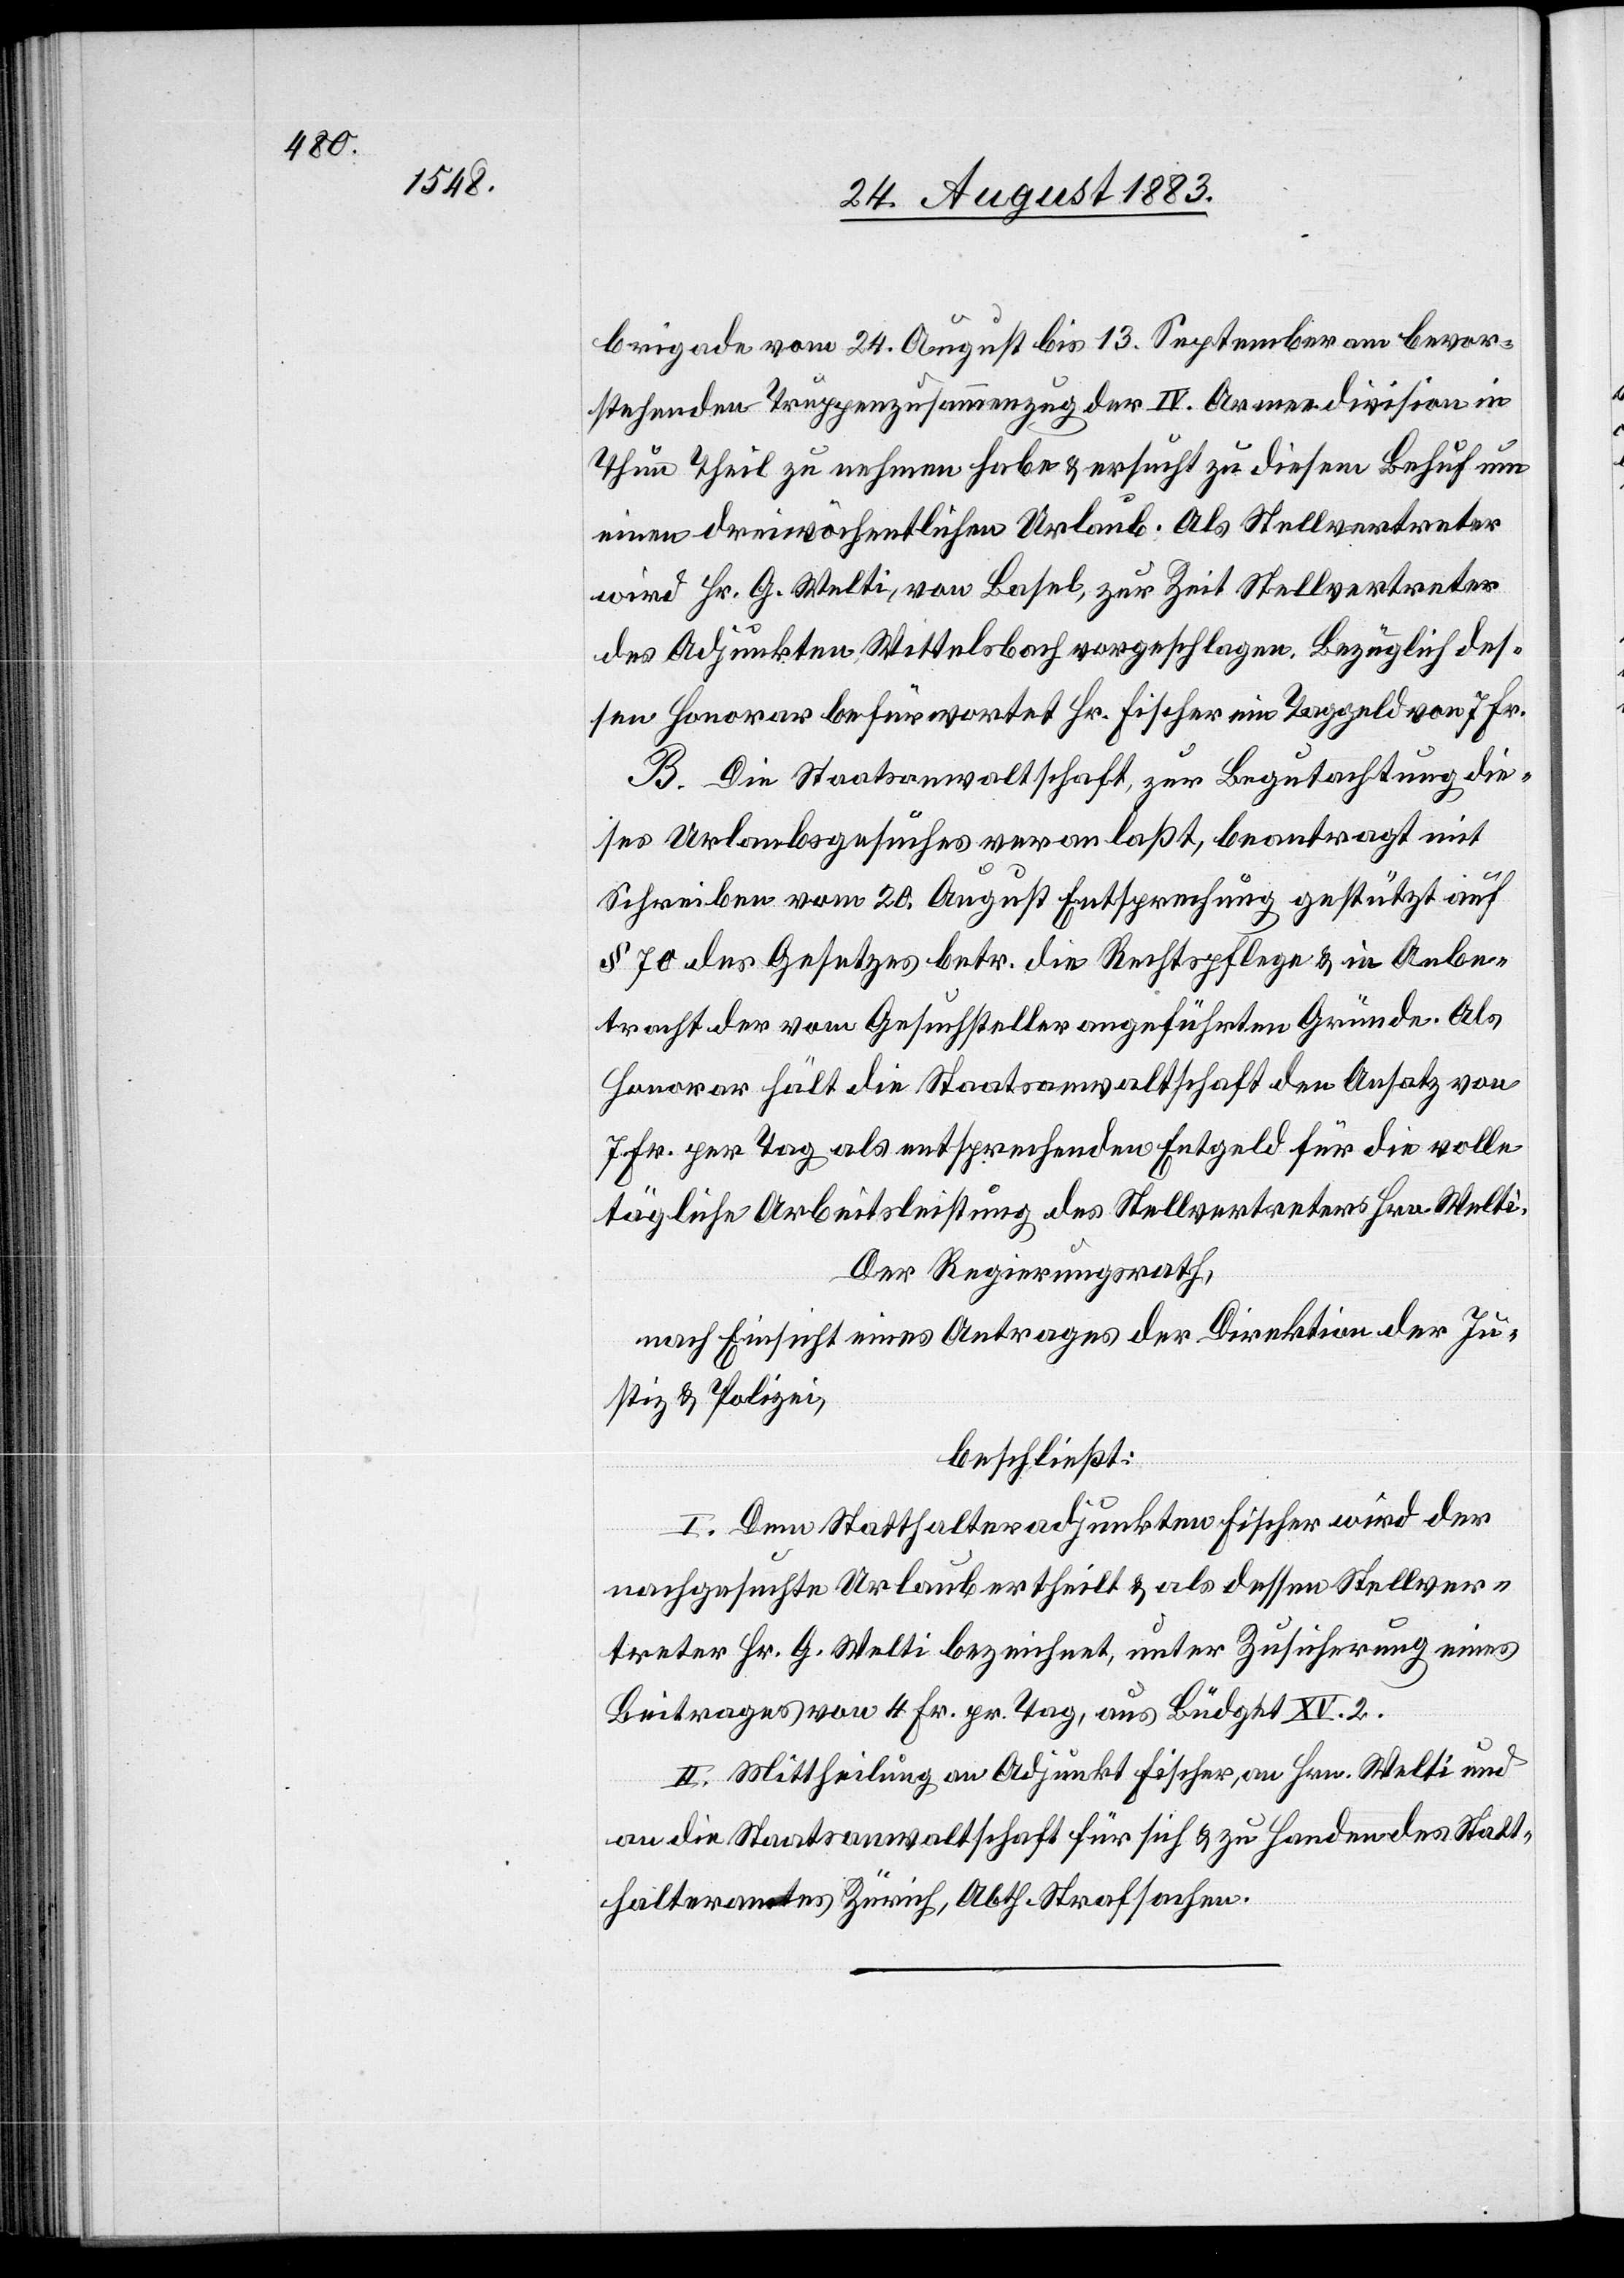
brigade vom 24. August bis 13. September am bevor¬
stehenden Truppenzusammenzug der IV. Armeedivision in
Thun Theil zu nehmen habe & ersucht zu diesem Behuf um
einen dreiwöchentlichen Urlaub. Als Stellvertreter
wird Hr. G. Welti, von Basel, zur Zeit Stellvertreter
des Adjunkten Wittelsbach vorgeschlagen. Bezüglich des¬
sen Honorar befürwortet Hr. Fischer ein Taggeld von 7 Fr.
B. Die Staatsanwaltschaft, zur Begutachtung die¬
ses Urlaubsgesuches veranlaßt, beantragt mit
Schreiben vom 20. August Entsprechung gestützt auf
§ 70 des Gesetzes betr. die Rechtspflege & in Anbe¬
tracht der vom Gesuchsteller angeführten Gründe. Als
Honorar hält die Staatsanwaltschaft den Ansatz von
7 Fr. per Tag als entsprechenden Entgeld für die volle
tägliche Arbeitsleistung des Stellvertreters Hrn. Welti.
Der Regierungsrath,
nach Einsicht eines Antrages der Direktion der Ju¬
stiz & Polizei,
beschließt:
I. Dem Statthalteradjunkten Fischer wird der
nachgesuchte Urlaub ertheilt & als dessen Stellver¬
treter Hr. G. Welti bezeichnet, unter Zusicherung eines
Beitrages von 4 Fr. pr. Tag, aus Büdget XV. 2.
II. Mittheilung an Adjunkt Fischer, an Hrn. Welti und
an die Staatsanwaltschaft für sich & zu Handen des Statt¬
halteramtes Zürich, Abth. Strafsachen.